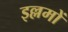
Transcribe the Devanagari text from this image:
इल्लमों